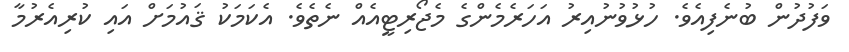
ވަފުދުން ބުނެފިއެވެ. ހުޅުވުނުއިރު އަހަރެމެންގެ މެޖޯރިޓީއެއް ނެތެވެ. އެކަމަކު ޤައުމަށް އައި ކުރިއެރުމާ